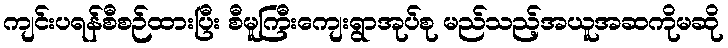
ကျင်းပရန်စီစဉ်ထားပြီး စီမူကြီးကျေးရွာအုပ်စု မည်သည့်အယူအဆကိုမဆို